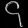
Digit: ၄